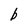
Character: b